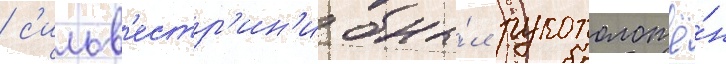
/ с'ильв'естр'ин'и бы́л рукоположё́н